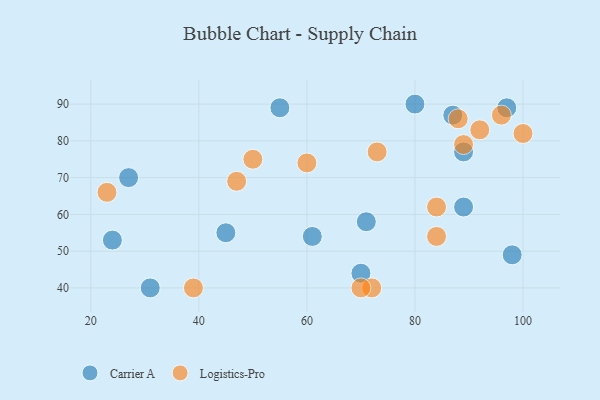
{"axis": {"x": "GDP", "y": "Life Expectancy"}, "legend": ["Carrier A", "Logistics-Pro"], "data": [{"x": "89", "y": 77, "type": "Carrier A"}, {"x": "98", "y": 49, "type": "Carrier A"}, {"x": "45", "y": 55, "type": "Carrier A"}, {"x": "89", "y": 62, "type": "Carrier A"}, {"x": "71", "y": 58, "type": "Carrier A"}, {"x": "31", "y": 40, "type": "Carrier A"}, {"x": "27", "y": 70, "type": "Carrier A"}, {"x": "87", "y": 87, "type": "Carrier A"}, {"x": "97", "y": 89, "type": "Carrier A"}, {"x": "70", "y": 44, "type": "Carrier A"}, {"x": "61", "y": 54, "type": "Carrier A"}, {"x": "55", "y": 89, "type": "Carrier A"}, {"x": "24", "y": 53, "type": "Carrier A"}, {"x": "80", "y": 90, "type": "Carrier A"}, {"x": "72", "y": 40, "type": "Logistics-Pro"}, {"x": "73", "y": 77, "type": "Logistics-Pro"}, {"x": "60", "y": 74, "type": "Logistics-Pro"}, {"x": "84", "y": 62, "type": "Logistics-Pro"}, {"x": "47", "y": 69, "type": "Logistics-Pro"}, {"x": "100", "y": 82, "type": "Logistics-Pro"}, {"x": "88", "y": 86, "type": "Logistics-Pro"}, {"x": "84", "y": 54, "type": "Logistics-Pro"}, {"x": "89", "y": 79, "type": "Logistics-Pro"}, {"x": "92", "y": 83, "type": "Logistics-Pro"}, {"x": "23", "y": 66, "type": "Logistics-Pro"}, {"x": "70", "y": 40, "type": "Logistics-Pro"}, {"x": "96", "y": 87, "type": "Logistics-Pro"}, {"x": "50", "y": 75, "type": "Logistics-Pro"}, {"x": "39", "y": 40, "type": "Logistics-Pro"}]}